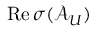
\mathrm { R e } \, \sigma ( \mathcal { A } _ { U } )